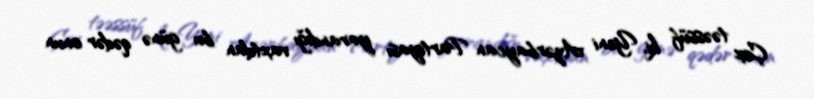
Çox təəssüf ki, Yeni Azərbaycan Partiyası yarandığı vaxtdan bu günə qədər onun